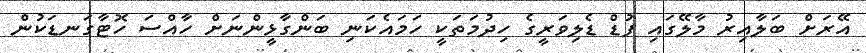
އޭރަށް ބަލާއިރު މާލޭގައި ފުޑް ޑެލިވަރީގެ ހިދުމަތަކީ ހަމައެކަނި ބަންގާޅީންނަށް ހާއްސަ ހޮޓާގަނޑަކުން